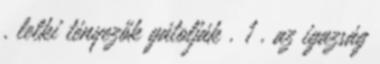
. lelki tényezők gátolják . 1 . az igazság